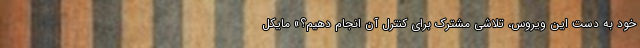
خود به دست این ویروس، تلاشی مشترک برای کنترل آن انجام دهیم؟» مایکل